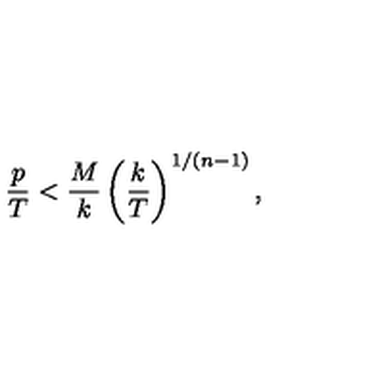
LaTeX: { \frac { p } { T } } < { \frac { M } { k } } \left( { \frac { k } { T } } \right) ^ { 1 / ( n - 1 ) } ,